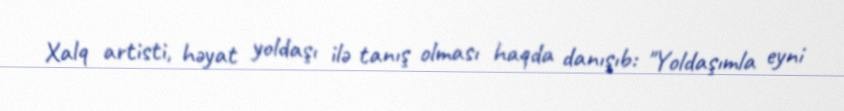
Xalq artisti, həyat yoldaşı ilə tanış olması haqda danışıb: "Yoldaşımla eyni